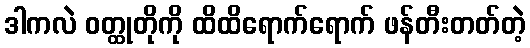
ဒါကလဲ ဝတ္ထုတိုကို ထိထိရောက်ရောက် ဖန်တီးတတ်တဲ့